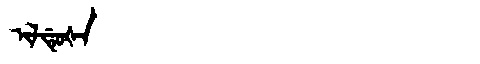
Manchu: ᡳᠯᡩᡠᡧᠠ
Romanization: ILDUŠA